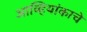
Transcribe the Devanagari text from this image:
आव्हियांकाचे